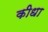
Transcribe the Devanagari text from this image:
कीधा